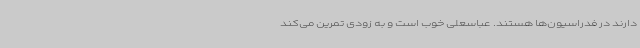
دارند در فدراسیون‌ها هستند. عباسعلی خوب است و به زودی تمرین می‌کند